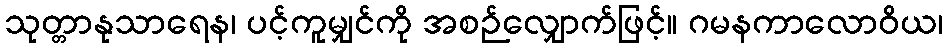
သုတ္တာနုသာရေန၊ ပင့်ကူမျှင်ကို အစဉ်လျှောက်ဖြင့်။ ဂမနကာလောဝိယ၊